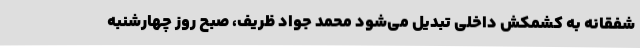
شفقانه به کشمکش داخلی تبدیل می‌شود محمد جواد ظریف، صبح روز چهارشنبه